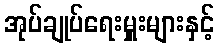
အုပ်ချုပ်ရေးမှူးများနှင့်